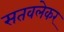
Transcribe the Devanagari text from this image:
सतवलेकर